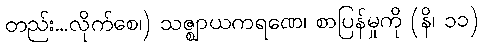
တည်း...လိုက်စေ၊) သဇ္ဈာယကရဏေ၊ စာပြန်မှုကို (နိ၊ ၁၁)